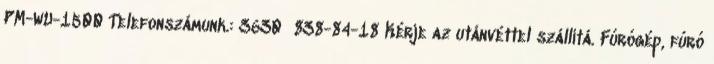
PM-WU-1500 Telefonszámunk.: 3630 838-84-18 Kérje az utánvéttel szállítá. Fúrógép, fúró